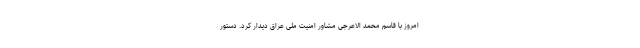
امروز با قاسم محمد الاعرجی مشاور امنیت ملی عراق دیدار کرد. دستور